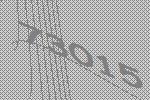
73015